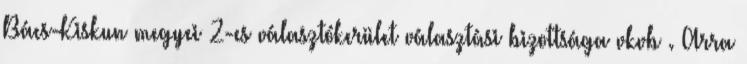
Bács-Kiskun megyei 2-es választókerület választási bizottsága vkvb . Arra